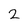
Character: 2